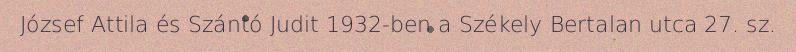
József Attila és Szántó Judit 1932-ben a Székely Bertalan utca 27. sz.